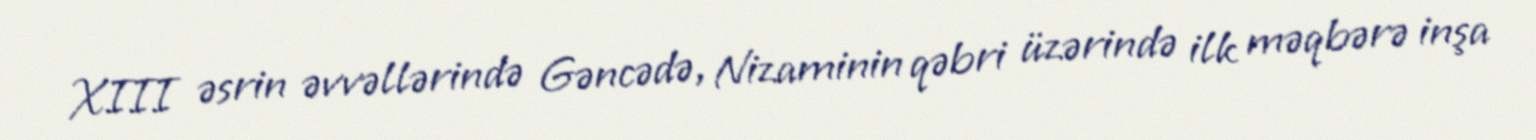
XIII əsrin əvvəllərində Gəncədə, Nizaminin qəbri üzərində ilk məqbərə inşa